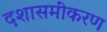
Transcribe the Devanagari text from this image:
दशासमीकरण